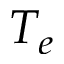
T _ { e }